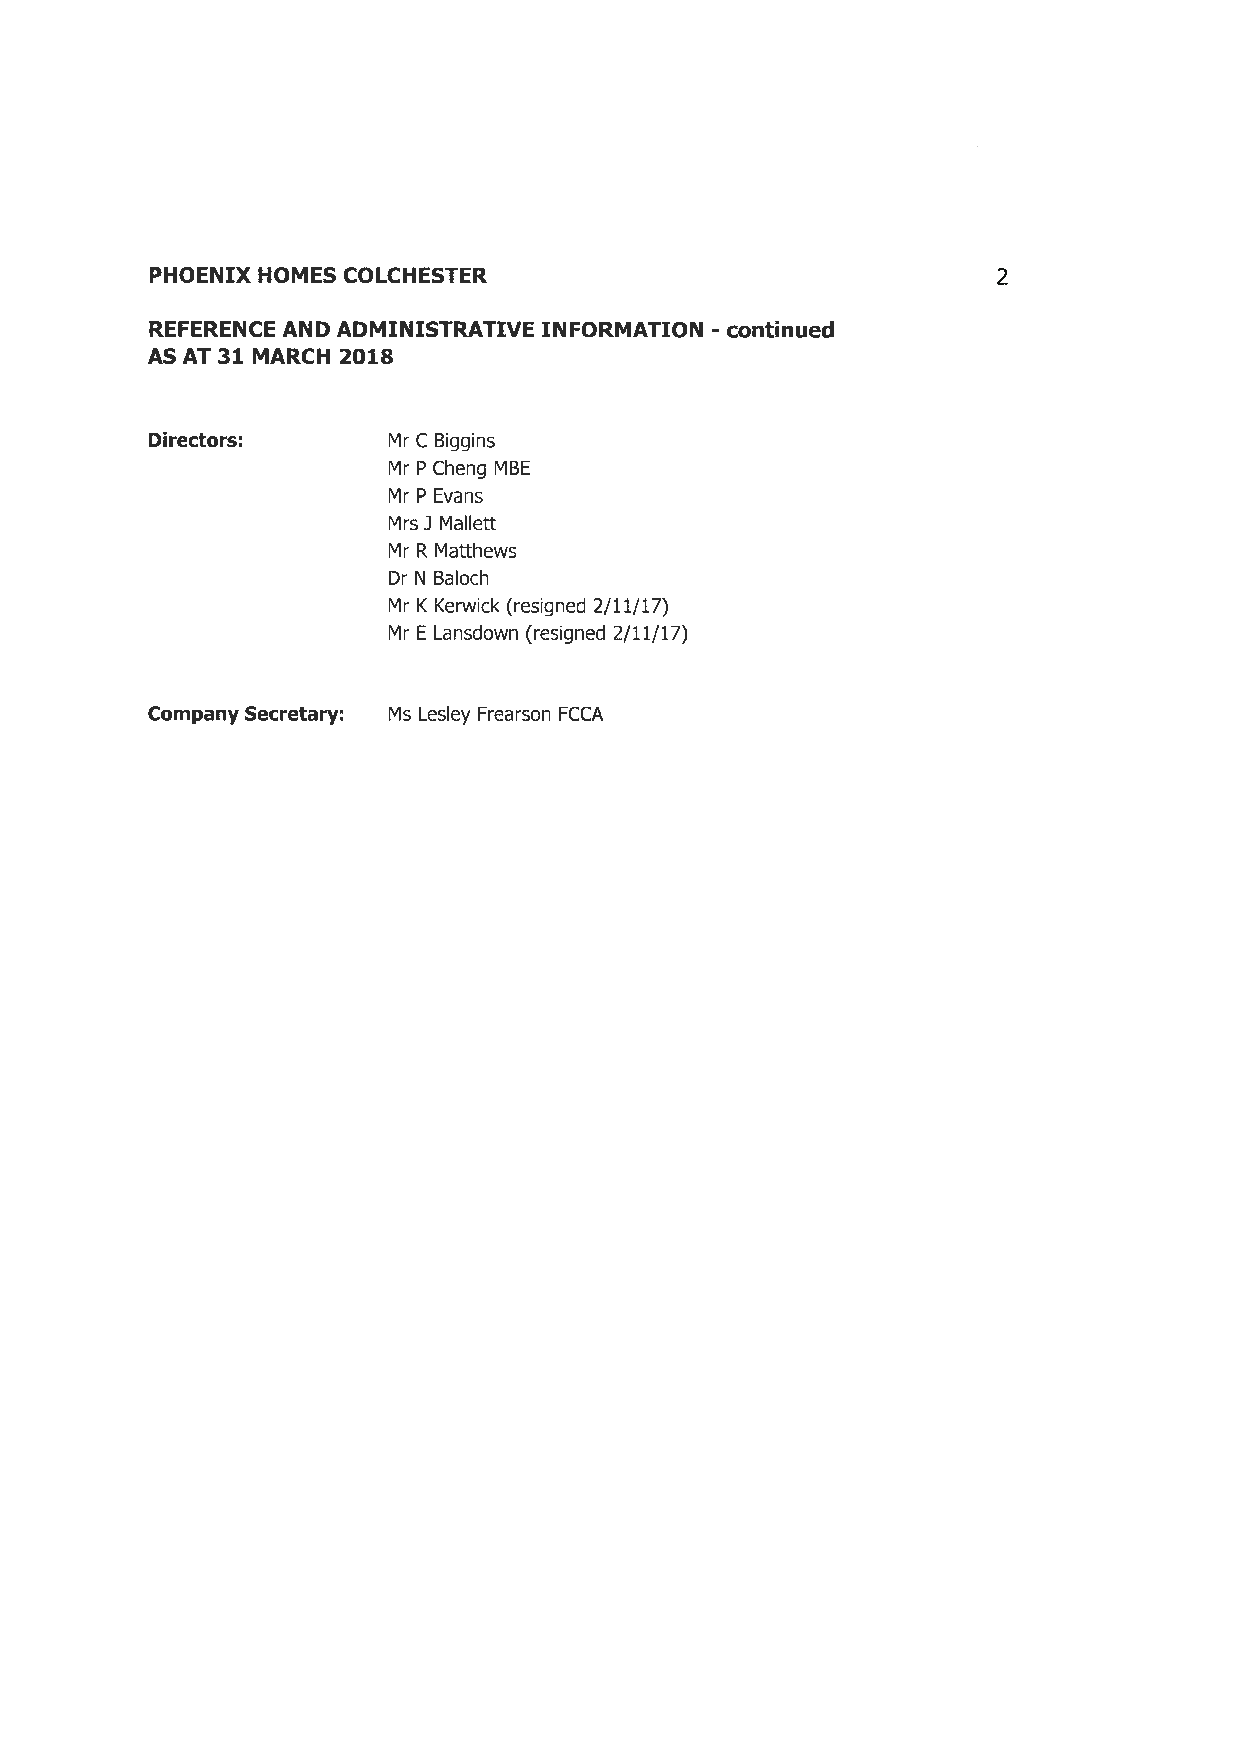
PHOENIX HOMES COLCHESTER                                2
 REFERENCE AND ADMINISTRATIVE INFORMATION -continued
 AS AT 31 MARCH 2018
 Directors:      Mr C Biggins
 Mr P Cheng MBE
 Mr P Evans
 Mrs J Mallett
 Mr R Matthews
 Dr N Baloch
 Mr K Kerwick (resigned 2/11/17)
 Mr E Lansdown (resigned 2/11/17)
 Company Secretary: Ms Lesley Frearson FCCA